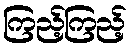
ကြည့်ကြည့်